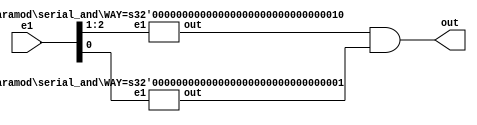
module serial_and(out, e1);
   parameter WAY = 3;
   parameter N1 = (WAY / 2) + (WAY % 2);
   parameter N2 = WAY / 2;

   input [WAY-1:0] e1;
   output 	    out;

   wire 	    W1, W2;

   if (WAY == 1)
     assign out = e1[0];

   else if (WAY == 2)
     and and1(out, e1[0], e1[1]);

   else if (WAY > 2)
     begin
	and and0(out, W1, W2);
	serial_and #(.WAY(N1)) recall1(W1, e1[WAY - 1 : WAY - N1]);
	serial_and #(.WAY(N2)) recall2(W2, e1[N2 - 1 : 0]);
     end
endmodule